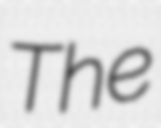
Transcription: The